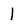
Character: 1